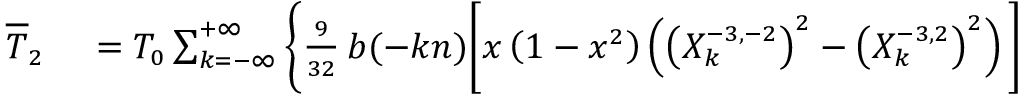
\small \begin{array} { r l } { \overline { T } _ { 2 } } & { { } = { \cal T } _ { 0 } \sum _ { k = - \infty } ^ { + \infty } \Bigg \{ \frac { 9 } { 3 2 } \, b ( - k n ) \bigg [ x \left( 1 - x ^ { 2 } \right) \left( \left( X _ { k } ^ { - 3 , - 2 } \right) ^ { 2 } - \left( X _ { k } ^ { - 3 , 2 } \right) ^ { 2 } \right) \bigg ] } \end{array}